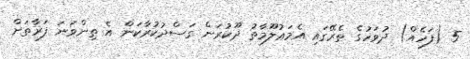
5 (ފަހެއް) ދުވަހުގެ ތެރޭގައި އެމަޢުލޫމާތު ދޫކުރަން ގަސްދުކުރާކަން އެ ތިންވަނަ ފަރާތަށް